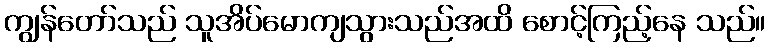
ကျွန်တော်သည် သူအိပ်မောကျသွားသည်အထိ စောင့်ကြည့်နေ သည်။